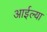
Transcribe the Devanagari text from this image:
आईल्या